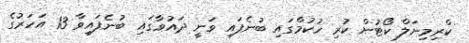
ކްރިމިނަލް ކޯޓުން ކުރި ހުކުމްގައި ބުނެފައި ވަނީ ދައުވާގައި ބުނެފައިވާ 13 އަހަރުގެ